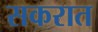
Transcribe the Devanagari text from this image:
सकरात